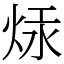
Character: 㶹